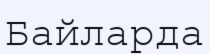
Байларда